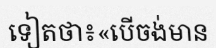
ទៀតថា៖«បើចង់មាន